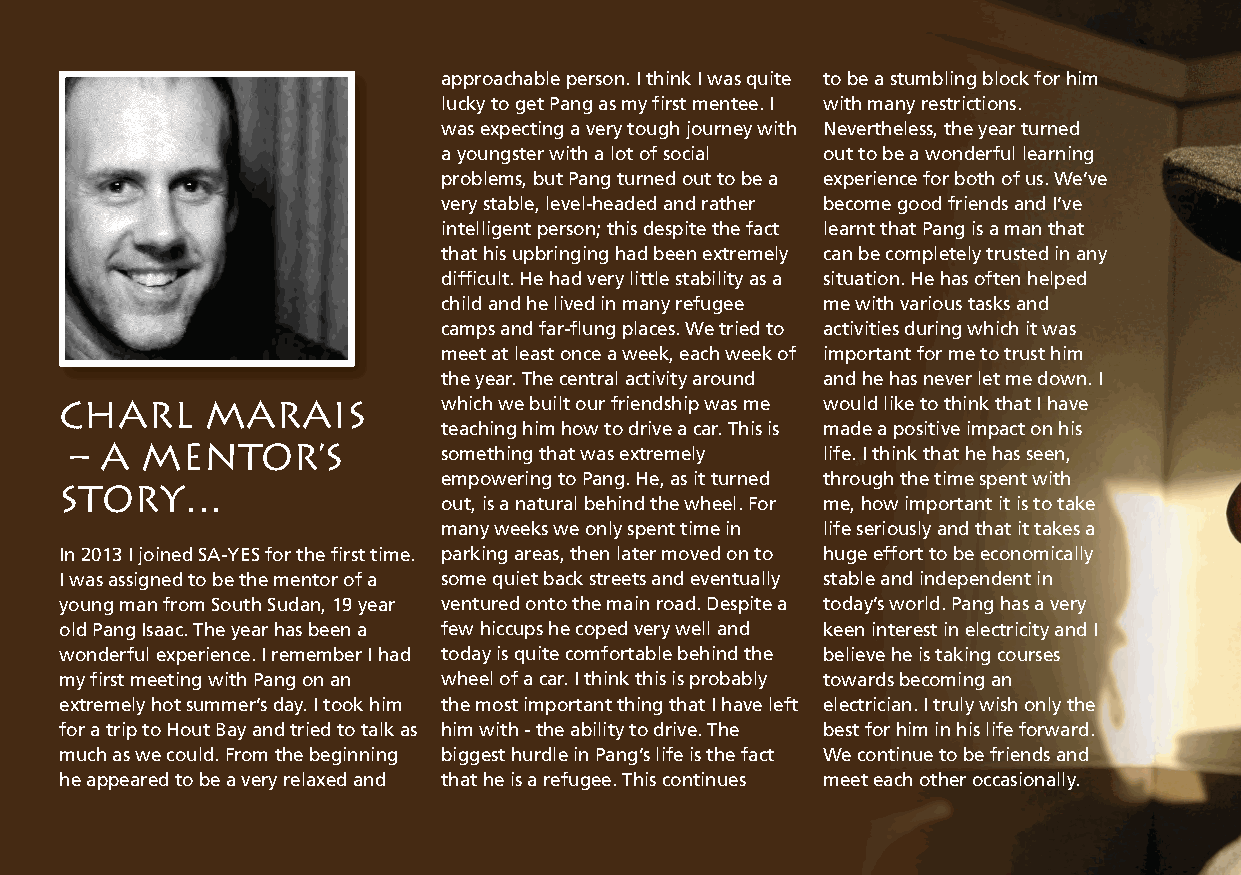
I                        approachable person. I think I was quite to be a stumbling block for him
 lucky to get Pang as my first mentee. I with many restrictions.
 was expecting a very tough journey with Nevertheless, the year turned
 a youngster with a lot of social out to be a wonderful learning
 problems, but Pang turned out to be a experience for both of us. We’ve
 very stable, level-headed and rather become good friends and I’ve
 intelligent person; this despite the fact learnt that Pang is a man that
 that his upbringing had been extremely can be completely trusted in any
 difficult. He had very little stability as a situation. He has often helped
 child and he lived in many refugee me with various tasks and
 camps and far-flung places. We tried to activities during which it was
 meet at least once a week, each week of important for me to trust him
 the year. The central activity around and he has never let me down. I
 Charl     Marais         which we built our friendship was me would like to think that I have
 teaching him how to drive a car. This is made a positive impact on his
 – A mentor’s
 something that was extremely life. I think that he has seen,
 story…                   empowering to Pang. He, as it turned through the time spent with
 out, is a natural behind the wheel. For me, how important it is to take
 many weeks we only spent time in life seriously and that it takes a
 In 2013 I joined SA-YES for the first time. parking areas, then later moved on to huge effort to be economically
 I was assigned to be the mentor of a some quiet back streets and eventually stable and independent in
 young man from South Sudan, 19 year ventured onto the main road. Despite a today’s world. Pang has a very
 old Pang Isaac. The year has been a few hiccups he coped very well and keen interest in electricity and I
 wonderful experience. I remember I had today is quite comfortable behind the believe he is taking courses
 my first meeting with Pang on an wheel of a car. I think this is probably towards becoming an
 extremely hot summer’s day. I took him the most important thing that I have left electrician. I truly wish only the
 for a trip to Hout Bay and tried to talk as him with - the ability to drive. The best for him in his life forward.
 much as we could. From the beginning biggest hurdle in Pang’s life is the fact We continue to be friends and
 he appeared to be a very relaxed and that he is a refugee. This continues meet each other occasionally.